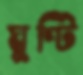
ঘুণ্টি